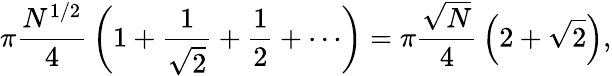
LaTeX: \pi{\frac{N^{1/2}}{4}}\left(1+{\frac{1}{\sqrt{2}}}+{\frac{1}{2}}+\cdots\right)=\pi{\frac{\sqrt{N}}{4}}\left(2+{\sqrt{2}}\right),